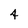
Character: 4